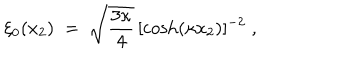
LaTeX: \xi _ { 0 } ( x _ { 2 } ) \; = \; \sqrt { \frac { 3 \kappa } { 4 } } \, [ \cosh ( \kappa x _ { 2 } ) ] ^ { - 2 } \; ,